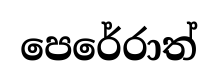
පෙරේරාත්